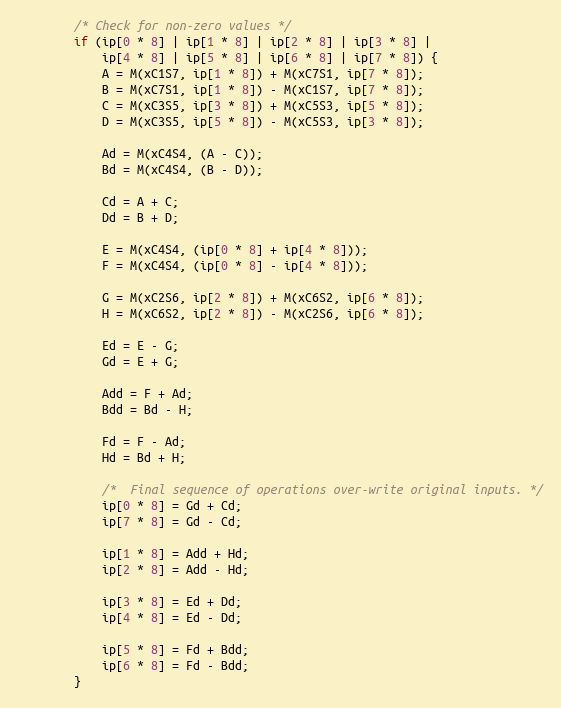
Language: C
        /* Check for non-zero values */
        if (ip[0 * 8] | ip[1 * 8] | ip[2 * 8] | ip[3 * 8] |
            ip[4 * 8] | ip[5 * 8] | ip[6 * 8] | ip[7 * 8]) {
            A = M(xC1S7, ip[1 * 8]) + M(xC7S1, ip[7 * 8]);
            B = M(xC7S1, ip[1 * 8]) - M(xC1S7, ip[7 * 8]);
            C = M(xC3S5, ip[3 * 8]) + M(xC5S3, ip[5 * 8]);
            D = M(xC3S5, ip[5 * 8]) - M(xC5S3, ip[3 * 8]);

            Ad = M(xC4S4, (A - C));
            Bd = M(xC4S4, (B - D));

            Cd = A + C;
            Dd = B + D;

            E = M(xC4S4, (ip[0 * 8] + ip[4 * 8]));
            F = M(xC4S4, (ip[0 * 8] - ip[4 * 8]));

            G = M(xC2S6, ip[2 * 8]) + M(xC6S2, ip[6 * 8]);
            H = M(xC6S2, ip[2 * 8]) - M(xC2S6, ip[6 * 8]);

            Ed = E - G;
            Gd = E + G;

            Add = F + Ad;
            Bdd = Bd - H;

            Fd = F - Ad;
            Hd = Bd + H;

            /*  Final sequence of operations over-write original inputs. */
            ip[0 * 8] = Gd + Cd;
            ip[7 * 8] = Gd - Cd;

            ip[1 * 8] = Add + Hd;
            ip[2 * 8] = Add - Hd;

            ip[3 * 8] = Ed + Dd;
            ip[4 * 8] = Ed - Dd;

            ip[5 * 8] = Fd + Bdd;
            ip[6 * 8] = Fd - Bdd;
        }